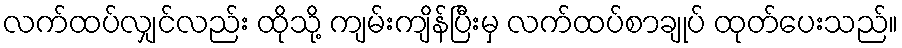
လက်ထပ်လျှင်လည်း ထိုသို့ ကျမ်းကျိန်ပြီးမှ လက်ထပ်စာချုပ် ထုတ်ပေးသည်။